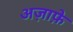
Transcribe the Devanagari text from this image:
अज़ाफ़े